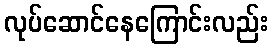
လုပ်ဆောင်နေကြောင်းလည်း